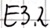
Text: E3.2